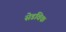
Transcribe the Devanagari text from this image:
सेडविक